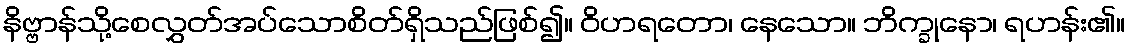
နိဗ္ဗာန်သို့စေလွှတ်အပ်သောစိတ်ရှိသည်ဖြစ်၍။ ဝိဟရတော၊ နေသော။ ဘိက္ခုနော၊ ရဟန်း၏။